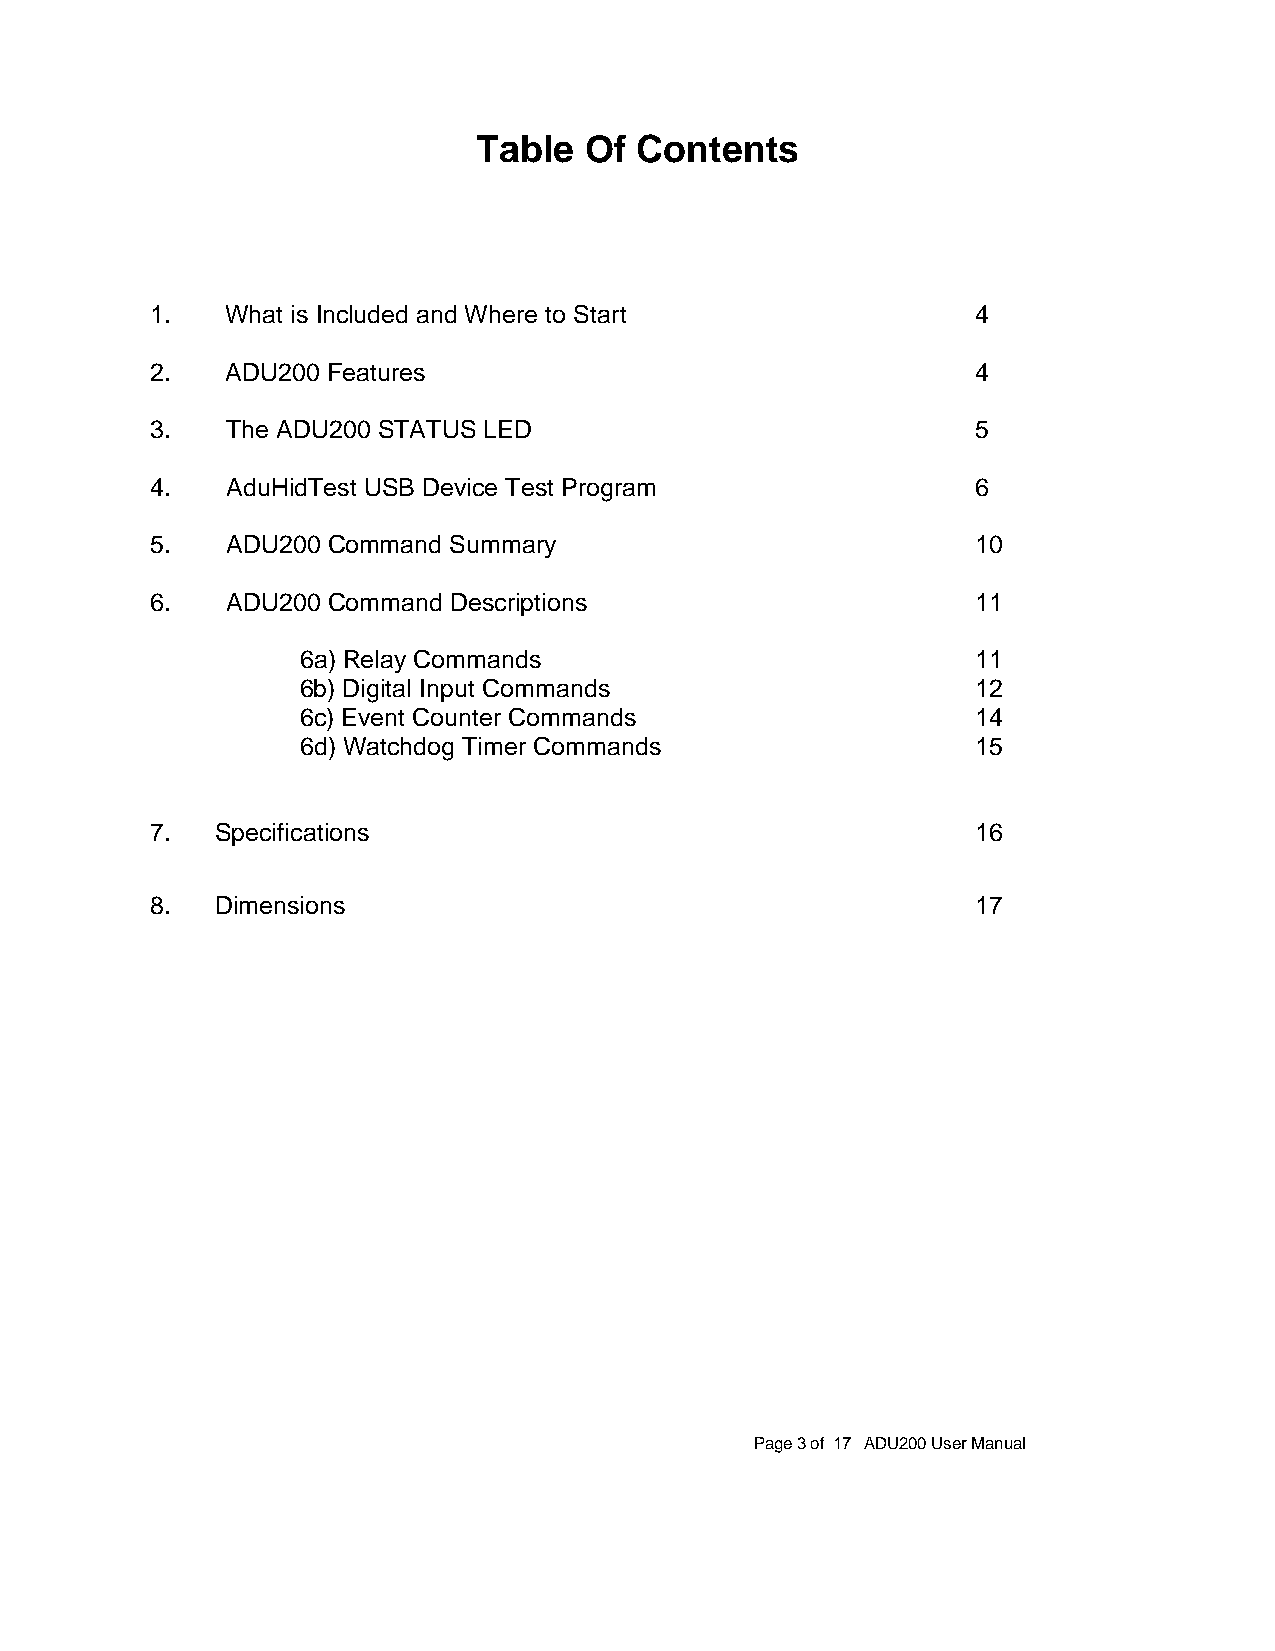
Table  Of Contents
 1.   What is Included and Where to Start               4
 2.   ADU200 Features                                   4
 3.   The ADU200 STATUS LED                             5
 4.   AduHidTest USB Device Test Program                6
 5.   ADU200 Command Summary                            10
 6.   ADU200 Command Descriptions                       11
 6a) Relay Commands                           11
 6b) Digital Input Commands                   12
 6c) Event Counter Commands                   14
 6d) Watchdog Timer Commands                  15
 7.  Specifications                                     16
 8.  Dimensions                                         17
 Page 3 of 17 ADU200 User Manual